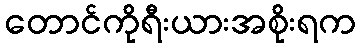
တောင်ကိုရီးယားအစိုးရက